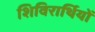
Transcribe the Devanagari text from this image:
शिविरार्थियों